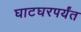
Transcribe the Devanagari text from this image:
घाटघरपर्यंत